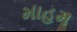
માહમ